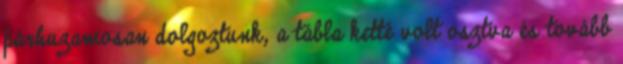
párhuzamosan dolgoztunk, a tábla ketté volt osztva és tovább